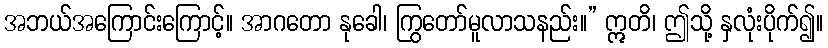
အဘယ်အကြောင်းကြောင့်။ အာဂတော နုခေါ၊ ကြွတော်မူလာသနည်း။” ဣတိ၊ ဤသို့ နှလုံးပိုက်၍။